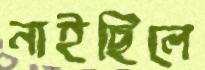
নাইছিলে